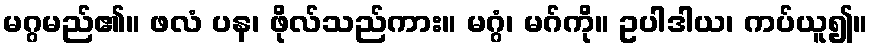
မဂ္ဂမည်၏။ ဖလံ ပန၊ ဖိုလ်သည်ကား။ မဂ္ဂံ၊ မဂ်ကို။ ဥပါဒါယ၊ ကပ်ယူ၍။